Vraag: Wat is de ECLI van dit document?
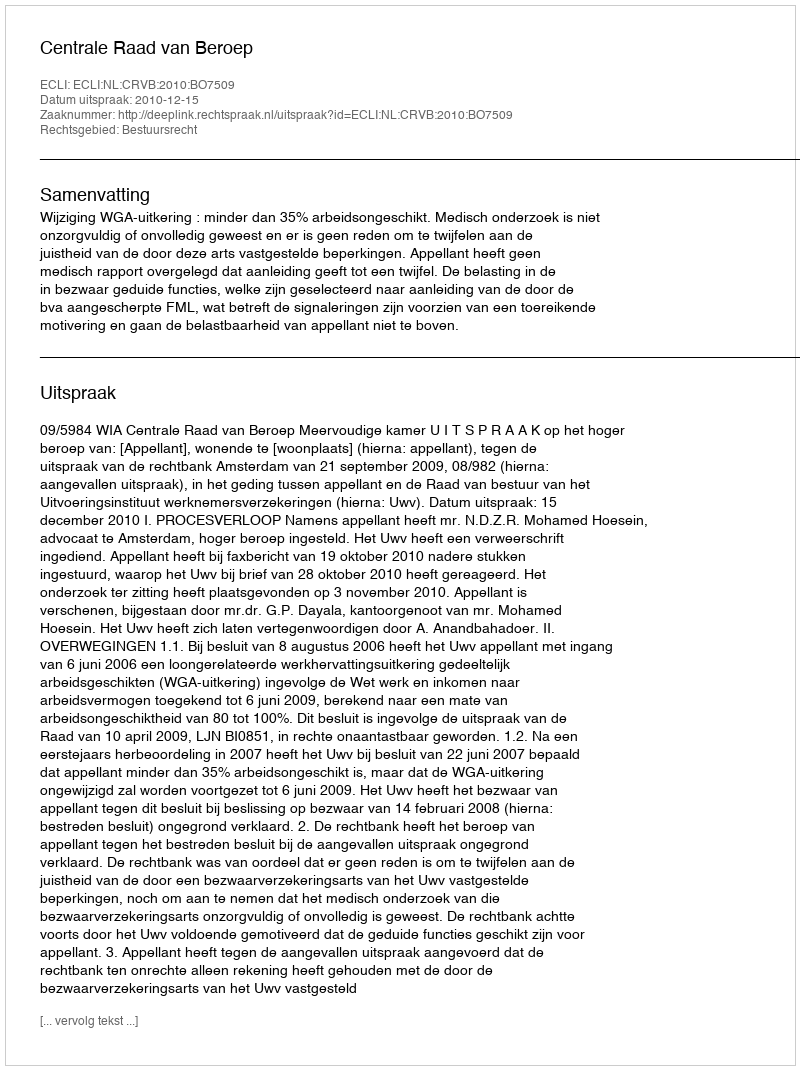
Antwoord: ECLI:NL:CRVB:2010:BO7509